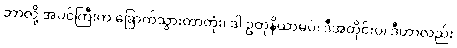
ဘာလို့ အပင်ကြီးက ခြောက်သွားတာတုံး၊ ဒါ ဥတုနိယာမပဲ၊ ဒီအတိုင်းပဲ၊ ဒီဟာလည်း